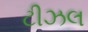
ટીઝલ